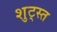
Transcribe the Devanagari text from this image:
शुट्स्त